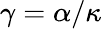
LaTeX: \gamma=\alpha/\kappa